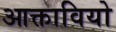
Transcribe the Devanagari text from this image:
आक्तावियो